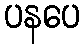
ပနပေ